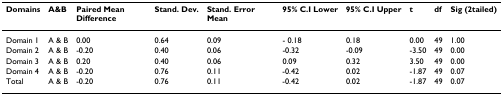
| Domains | A&B | Paired Mean Difference | Stand. Dev. | Stand. Error Mean | 95% C.I Lower | 95% C.I Upper | t | df | Sig (2tailed) |
 | --- | --- | --- | --- | --- | --- | --- | --- | --- | --- |
 | Domain 1 | A & B | 0.00 | 0.64 | 0.09 | - 0.18 | 0.18 | 0.00 | 49 | 1.00 |
 | Domain 2 | A & B | -0.20 | 0.40 | 0.06 | -0.32 | -0.09 | -3.50 | 49 | 0.00 |
 | Domain 3 | A & B | 0.20 | 0.40 | 0.06 | 0.09 | 0.32 | 3.50 | 49 | 0.00 |
 | Domain 4 | A & B | -0.20 | 0.76 | 0.11 | -0.42 | 0.02 | -1.87 | 49 | 0.07 |
 | Total | A & B | -0.20 | 0.76 | 0.11 | -0.42 | 0.02 | -1.87 | 49 | 0.07 |